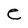
Character: e